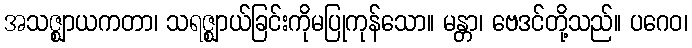
အသဇ္ဈာယကတာ၊ သရဇ္ဈာယ်ခြင်းကိုမပြုကုန်သော။ မန္တာ၊ ဗေဒင်တို့သည်။ ပဂေဝ၊